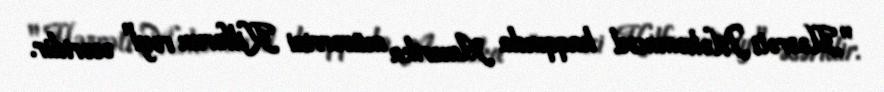
"Həzrəti Məhəmməd haqqında Amerika müvərrixi Kilforun rəyi" əsəridir.